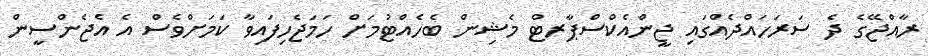
ރާއްޖޭގެ ދެ ސަރަހައްދެއްގައި ޖީންއެކްސްޕާރޓް މެޝިން ބެހެއްޓުމަށް ހަމަޖެހިފައިވާ ކަމަށްވެސް އެ އެޖެންސީން